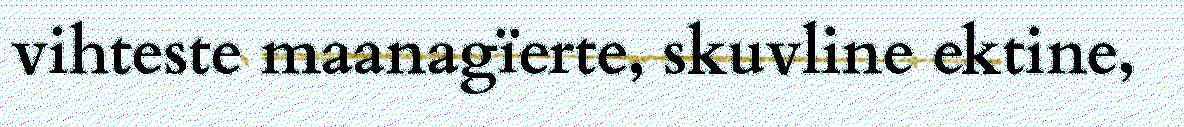
vihteste maanagïerte, skuvline ektine,